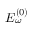
E _ { \omega } ^ { ( 0 ) }